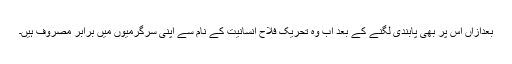
بعدازاں اس پر بھی پابندی لگنے کے بعد اب وہ تحریک فلاح انسانیت کے نام سے اپنی سرگرمیوں میں برابر مصروف ہیں۔